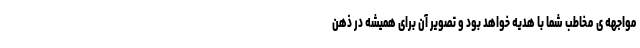
مواجهه ی مخاطب شما با هدیه خواهد بود و تصویر آن برای همیشه در ذهن